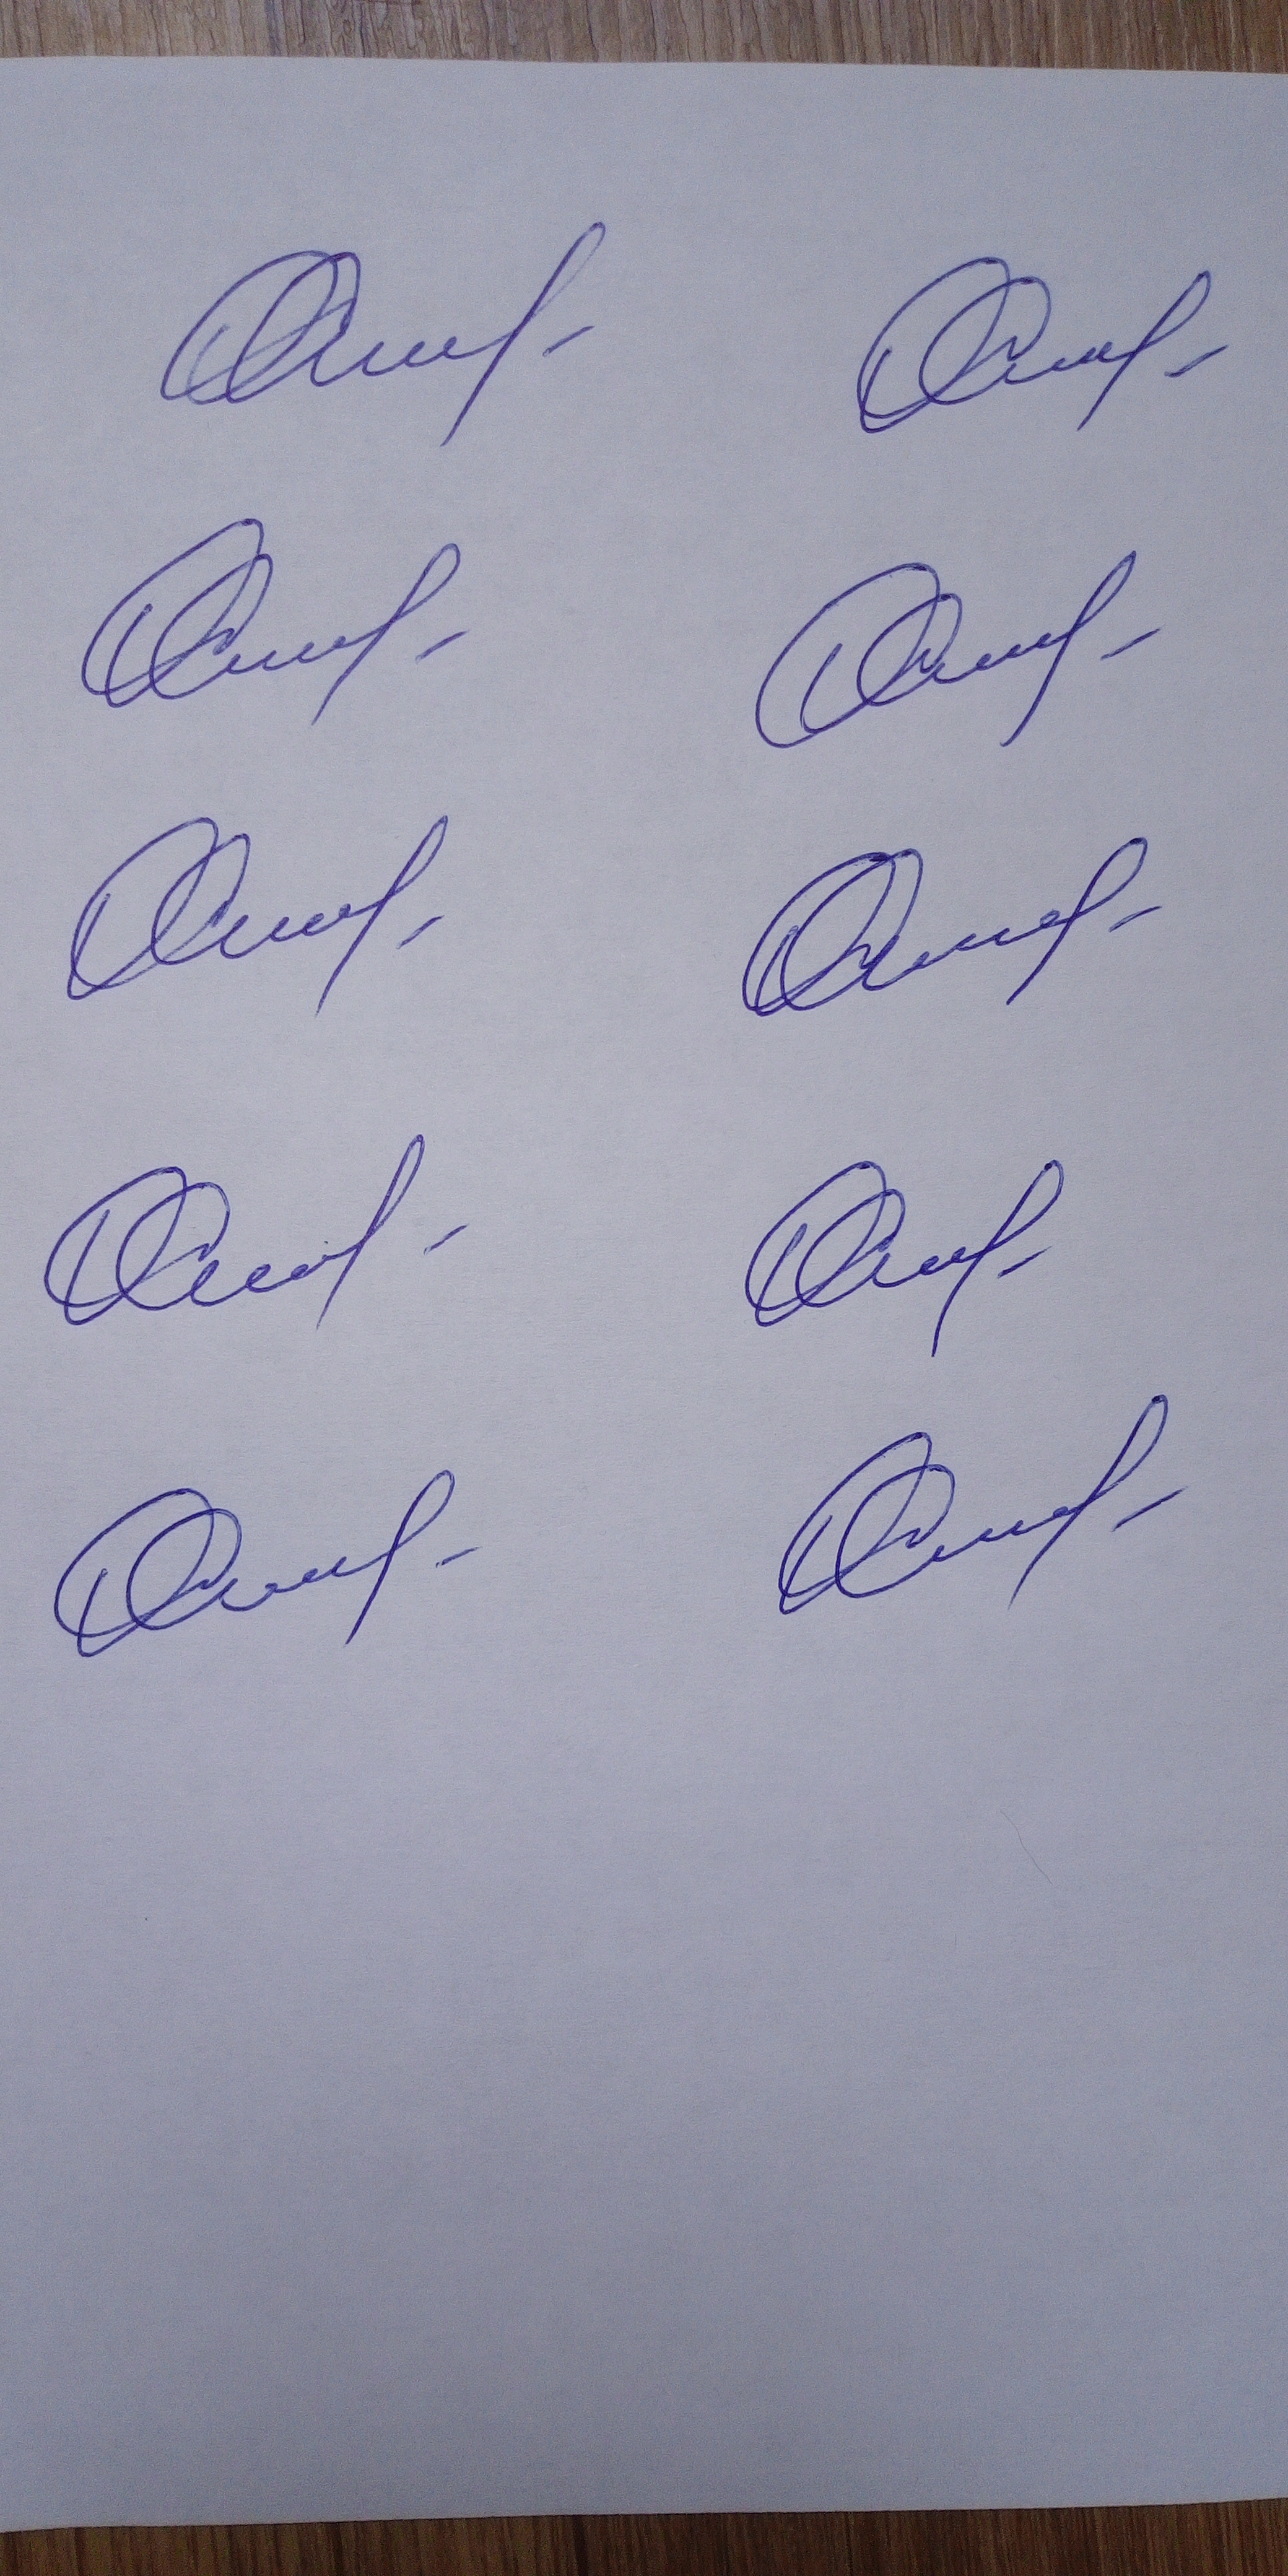
Signature authenticity: genuine